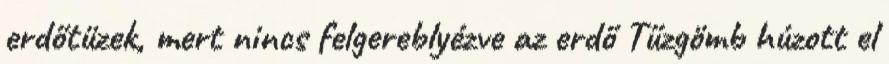
erdőtüzek, mert nincs felgereblyézve az erdő Tűzgömb húzott el